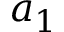
a _ { 1 }